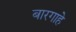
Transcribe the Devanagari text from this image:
बारगाहे